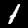
Label: 1